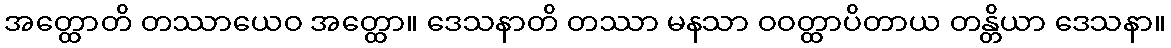
အတ္ထောတိ တဿာယေဝ အတ္ထော။ ဒေသနာတိ တဿာ မနသာ ဝဝတ္ထာပိတာယ တန္တိယာ ဒေသနာ။